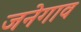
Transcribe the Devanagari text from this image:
जनेगाव